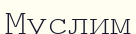
Муслим